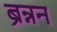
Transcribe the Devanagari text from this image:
ब्रन्नन